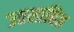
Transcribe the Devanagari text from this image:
उतसाहित